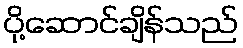
ပို့ဆောင်ချိန်သည်